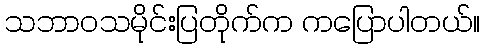
သဘာဝသမိုင်းပြတိုက်က ကပြောပါတယ်။